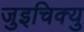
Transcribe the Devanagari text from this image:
जुइचिक्यु